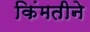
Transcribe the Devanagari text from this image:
किंमतीने